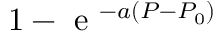
\begin{array} { r } { 1 - \textrm { e } ^ { - a ( P - P _ { 0 } ) } } \end{array}